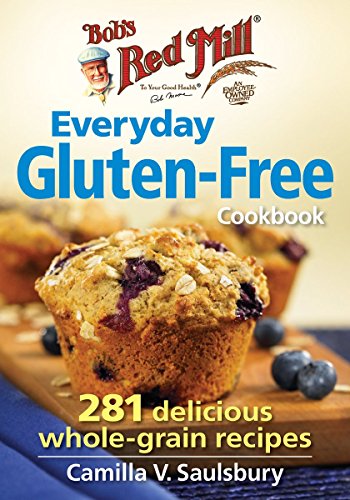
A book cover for Bob's Red Mill Everyday Gluten-Free Cookbook: 281 Delicious Whole-Grain Recipes; Camilla Saulsbury; Cookbooks, Food & Wine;